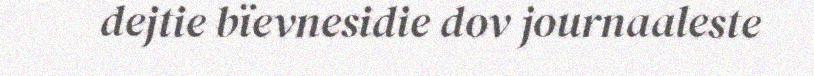
dejtie bïevnesidie dov journaaleste